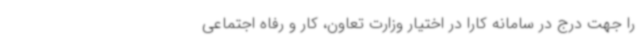
را جهت درج در سامانه کارا در اختیار وزارت تعاون، کار و رفاه اجتماعی